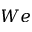
W e